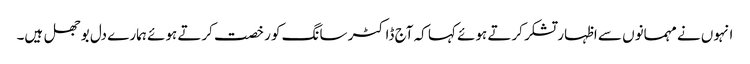
انہوں نے مہمانوں سے اظہار تشکر کرتے ہوئے کہا کہ آج ڈاکٹر سانگ کو رخصت کرتے ہوئے ہمارے دل بوجھل ہیں۔